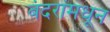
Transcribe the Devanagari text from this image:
बंदरांमधून